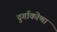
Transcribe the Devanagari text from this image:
दुर्गाकोणा